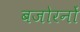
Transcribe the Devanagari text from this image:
बजोरनों